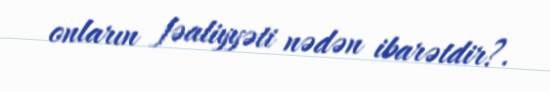
onların fəaliyyəti nədən ibarətdir?.